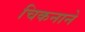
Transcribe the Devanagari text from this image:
चिकनाने